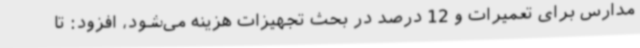
مدارس برای تعمیرات و 12 درصد در بحث تجهیزات هزینه می‌شود، افزود: تا